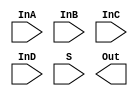
/*
    CS/ECE 552 Spring '19
    Homework #3, Problem 1

    4-1 mux template
*/
module mux4_1(InA, InB, InC, InD, S, Out);
    input        InA, InB, InC, InD;
    input [1:0]  S;
    output       Out;

    // YOUR CODE HERE

endmodule